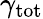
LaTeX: \gamma_{\mathrm{tot}}